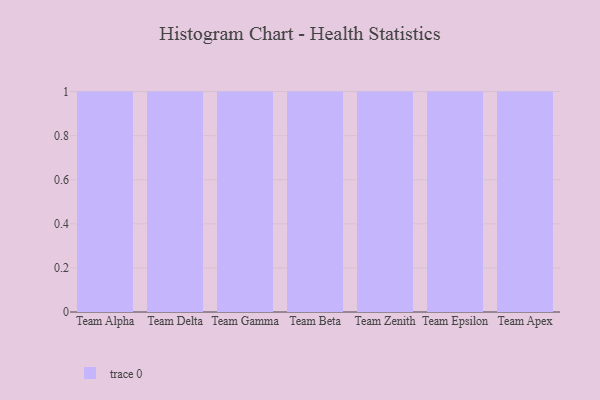
{"axis": {"x": "Team", "y": "Tickets Resolved"}, "legend": [""], "data": [{"x": "Team Alpha", "y": 90, "type": ""}, {"x": "Team Delta", "y": 50, "type": ""}, {"x": "Team Gamma", "y": 84, "type": ""}, {"x": "Team Beta", "y": 54, "type": ""}, {"x": "Team Zenith", "y": 62, "type": ""}, {"x": "Team Epsilon", "y": 5, "type": ""}, {"x": "Team Apex", "y": 54, "type": ""}]}